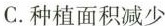
C.种植面积减少